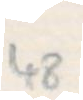
48